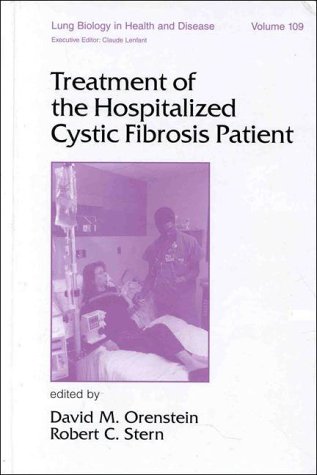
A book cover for Treatment of the Hospitalized Cystic Fibrosis Patient (Lung Biology in Health and Disease, vol. 109); Health, Fitness & Dieting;